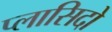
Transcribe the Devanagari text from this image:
प्लासिदो